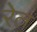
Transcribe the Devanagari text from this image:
रेेत